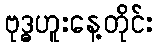
ဗုဒ္ဓဟူးနေ့တိုင်း